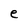
Character: e